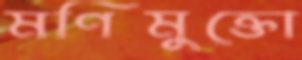
মণিমুক্তো